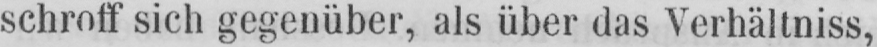
schroff sich gegenüber, als über das Verhältniss,